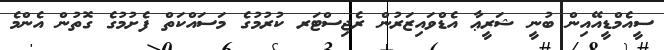
ސީއެމްޑީއޭއިން ބުނީ ޝަރީޢާ އެޑްވައިޒަރުން ރެޖިސްޓަރ ކުރުމުގެ މަސައްކަތް ފެށުމުގެ ގޮތުން އެންމެ